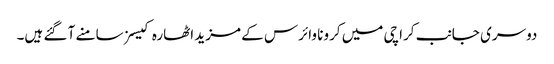
دوسری جانب کراچی میں کرونا وائرس کے مزید اٹھارہ کیسز سامنے آ گئے ہیں۔